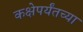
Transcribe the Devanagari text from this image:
कक्षेपर्यंतच्या